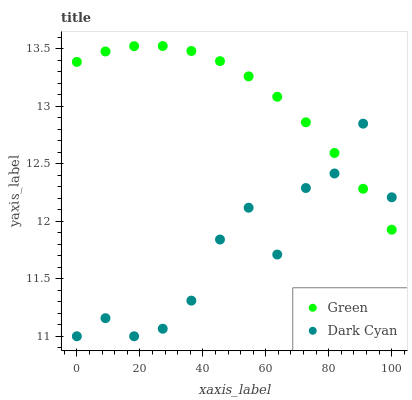
| xaxis_label | Green | Dark Cyan |
 | --- | --- | --- |
 | 0 | 13.4 | 11 |
 | 9.09 | 13.5 | 11.2 |
 | 18.2 | 13.5 | 11 |
 | 27.3 | 13.5 | 11.1 |
 | 36.4 | 13.5 | 11.3 |
 | 45.5 | 13.4 | 11.8 |
 | 54.5 | 13.3 | 12.1 |
 | 63.6 | 13.1 | 11.7 |
 | 72.7 | 12.9 | 12.3 |
 | 81.8 | 12.6 | 12.4 |
 | 90.9 | 12.3 | 12.8 |
 | 100 | 11.9 | 12.2 |